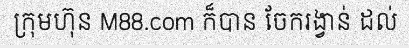
ក្រុមហ៊ុន M88.com ក៏បាន ចែករង្វាន់ ដល់